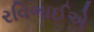
રવિભાઈએ